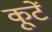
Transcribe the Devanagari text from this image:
कूटें